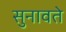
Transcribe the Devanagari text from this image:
सुनावते